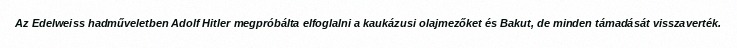
Az Edelweiss hadműveletben Adolf Hitler megpróbálta elfoglalni a kaukázusi olajmezőket és Bakut, de minden támadását visszaverték.